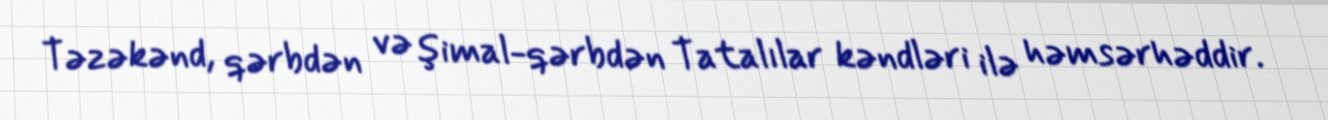
Təzəkənd, qərbdən və şimal-qərbdən Tatalılar kəndləri ilə həmsərhəddir.